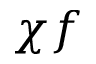
\chi f